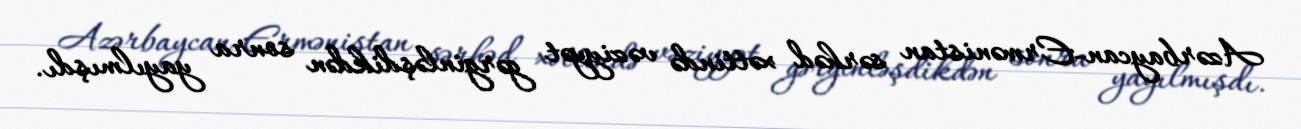
Azərbaycan-Ermənistan sərhəd xəttində vəziyyət gərginləşdikdən sonra yayılmışdı.